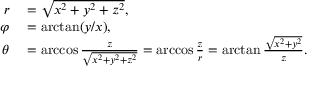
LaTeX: \begin{array} { r l } { r } & { { } = { \sqrt { x ^ { 2 } + y ^ { 2 } + z ^ { 2 } } } , } \\ { \varphi } & { { } = \arctan ( y / x ) , } \\ { \theta } & { { } = \operatorname { a r c c o s } { \frac { z } { \sqrt { x ^ { 2 } + y ^ { 2 } + z ^ { 2 } } } } = \operatorname { a r c c o s } { \frac { z } { r } } = \arctan { \frac { \sqrt { x ^ { 2 } + y ^ { 2 } } } { z } } . } \end{array}